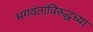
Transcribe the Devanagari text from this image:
भगवंतांविरुद्धच्या